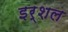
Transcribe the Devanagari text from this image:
इर्शल